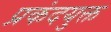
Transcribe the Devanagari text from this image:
प्रकंदयुक्त